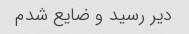
دیر رسید و ضایع شدم